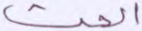
الحث